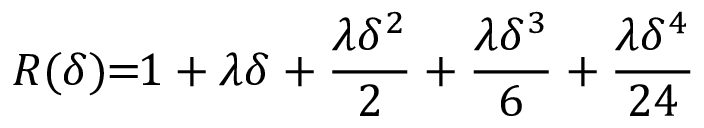
R ( \delta ) \! \! = \! \! 1 + \lambda \delta + \frac { \lambda \delta ^ { 2 } } { 2 } + \frac { \lambda \delta ^ { 3 } } { 6 } + \frac { \lambda \delta ^ { 4 } } { 2 4 }